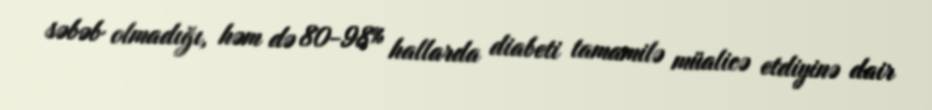
səbəb olmadığı, həm də 80-98% hallarda diabeti tamamilə müalicə etdiyinə dair